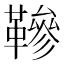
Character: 𩌰